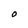
Character: O